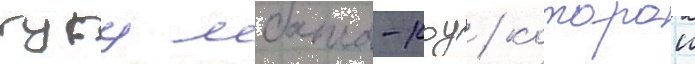
гугу мбата-роу / которои